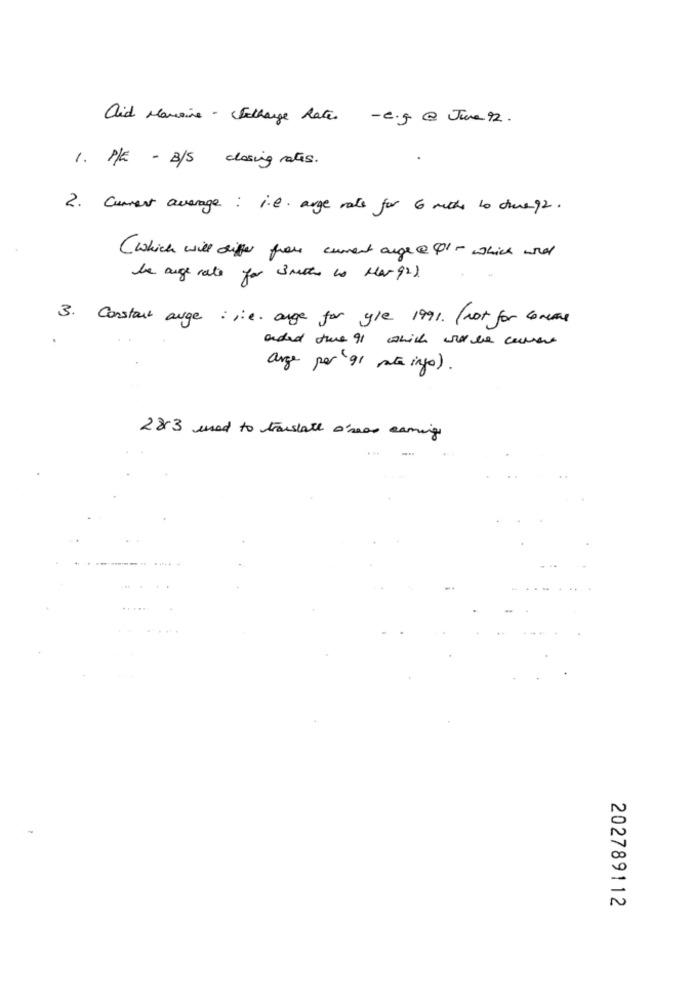
aid Marisine - Secharge Rate - C.g @ June 92.
1. P/E - B/S closing rates.
2. Current average: i.e. arge rate for 6 mithr to dive 92.
( which will differ from current arge @ 41- which what
be ange rate for smeth to Mar 92)
3. Constant auge : i.e. arge for yle 1991. (not for conemas
anded the 91 which was de correre
arge por 91 mate ingo).
2883 used to translate o'reos caming
202789112